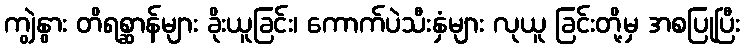
ကျွဲနွား တိရစ္ဆာန်များ ခိုးယူခြင်း၊ ကောက်ပဲသီးနှံများ လုယူ ခြင်းတို့မှ အစပြုပြီး